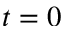
t = 0